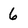
Character: 6